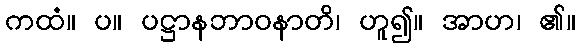
ကထံ။ ပ။ ပဋ္ဌာနဘာဝနာတိ၊ ဟူ၍။ အာဟ၊ ၏။